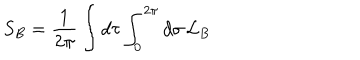
S _ { B } = \frac { 1 } { 2 \pi } \int d \tau \int _ { 0 } ^ { 2 \pi } d \sigma \, { \cal L } _ { B }